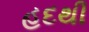
હદથી